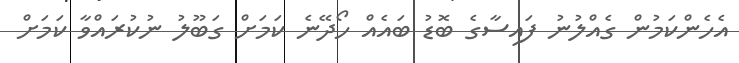
އެހެންކަމުން ގެއްލުނު ފައިސާގެ ބޮޑު ބައެއް ހޯދޭނެ ކަމަށް ގަބޫލު ނުކުރައްވާ ކަމަށް